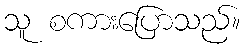
သူ စကားပြောသည်။